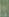
: